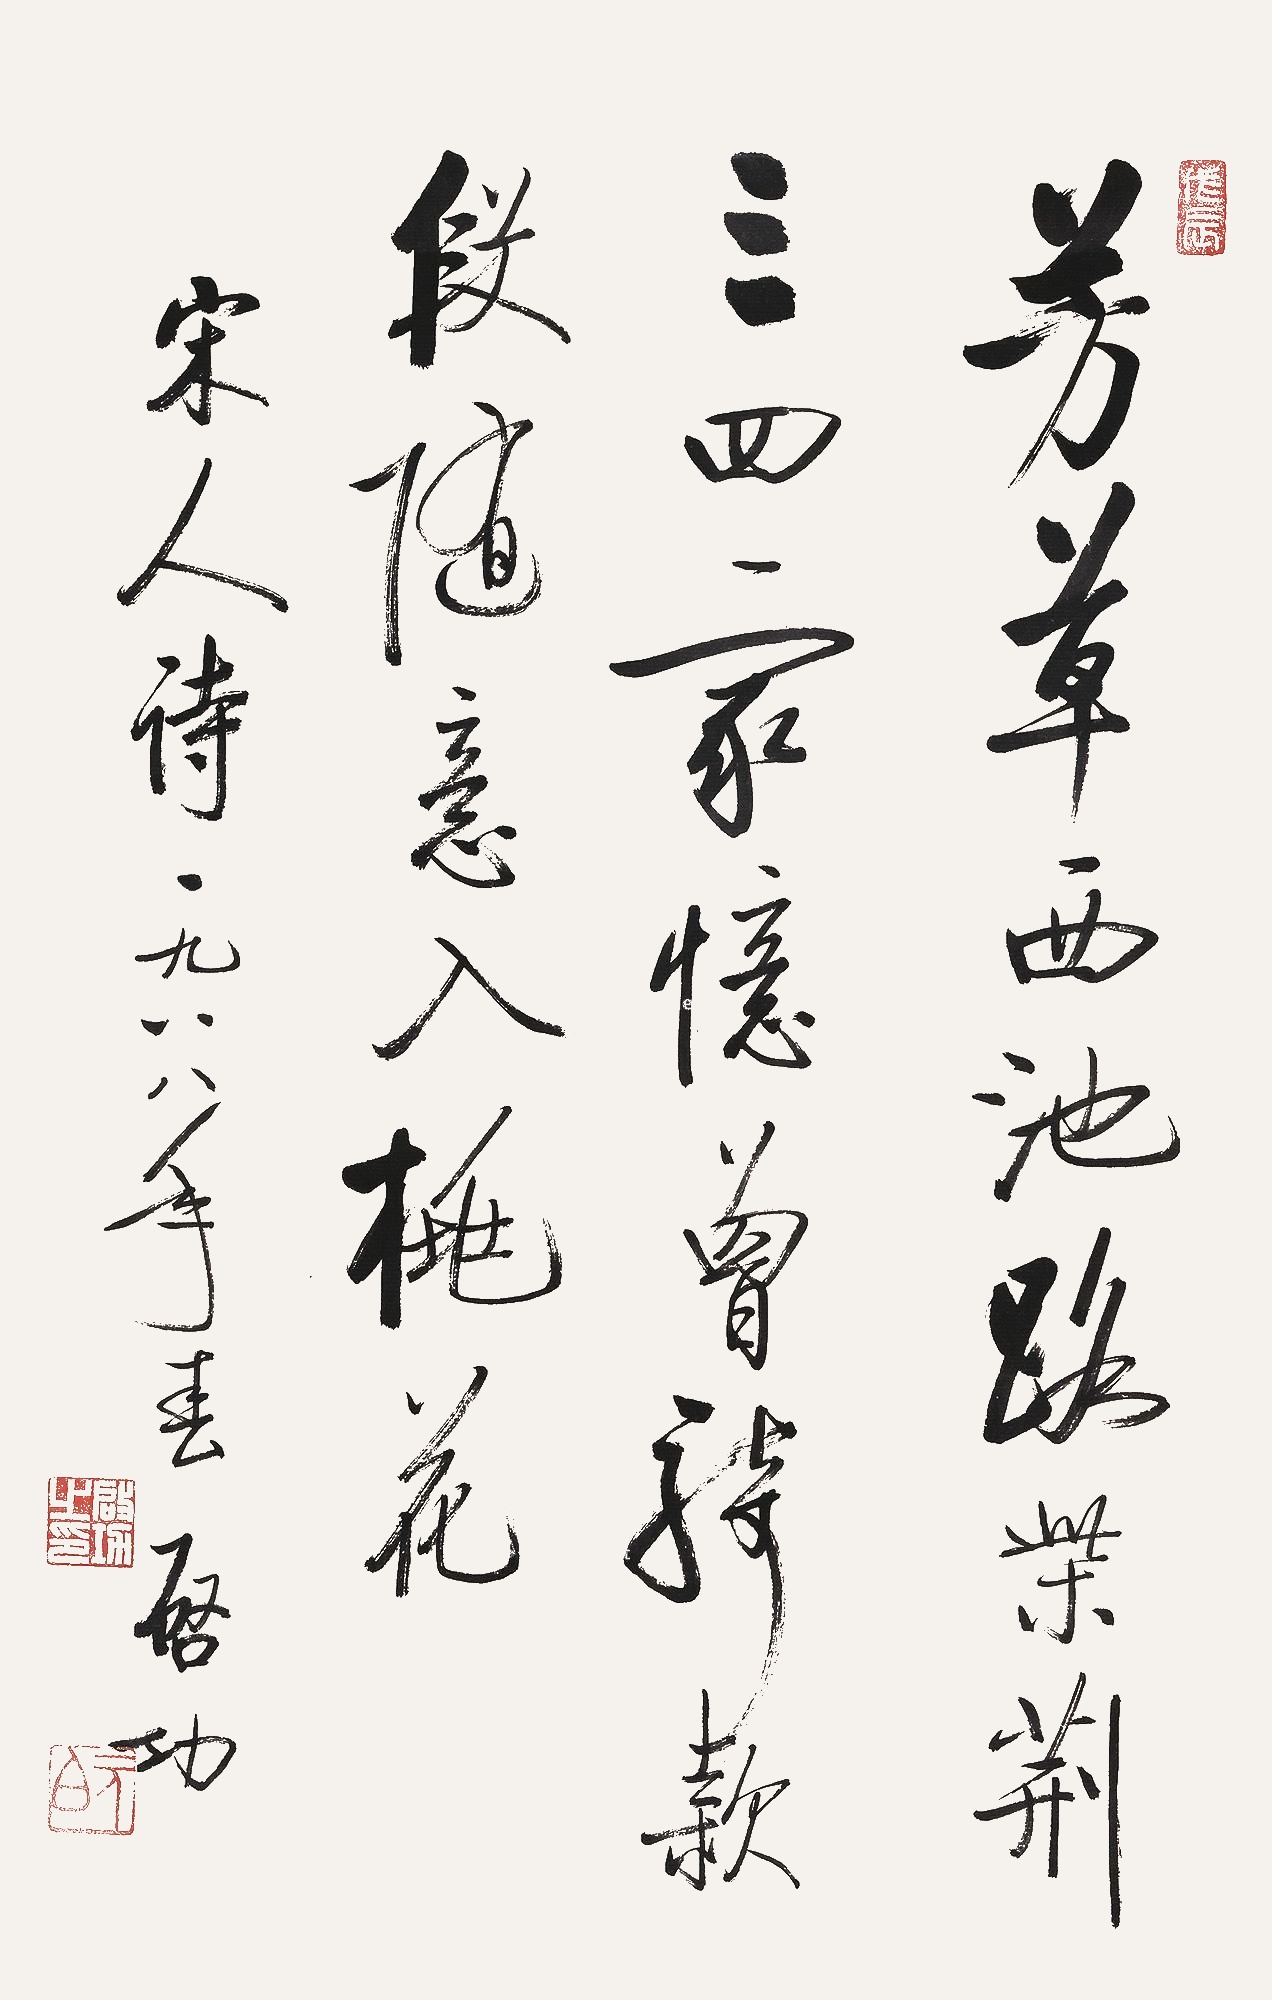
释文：芳草西池路，柴荆三四家。忆曾骑款段，随意入桃花。宋人诗。一九八八年春，启功。